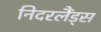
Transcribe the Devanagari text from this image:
निदरलैंड्स